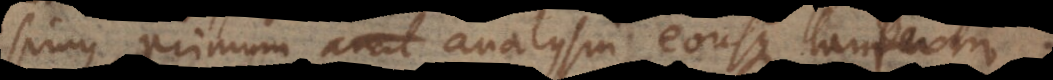
simus, primum analysin eousque tantum